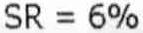
SR = 6%